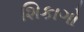
શિકાગો